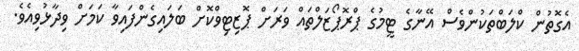
އެގޮތުން ކްލަބްތަކުންވެސް އޭނާގެ ޓީމުގެ ޕްރޮޕޯޒަލްތައް ވަރަށް ޕޮޒިޓިވްކޮށް ބަލައިގެންފައިވާ ކަމަށް ވިދާޅުވިއެވެ.